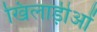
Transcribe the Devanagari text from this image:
खिलाड़ीओं